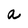
Character: a